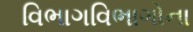
વિભાગવિભાગોના